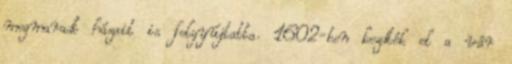
megmaradt házait is felgyújtatta. 1602-ben kezdték el a vár